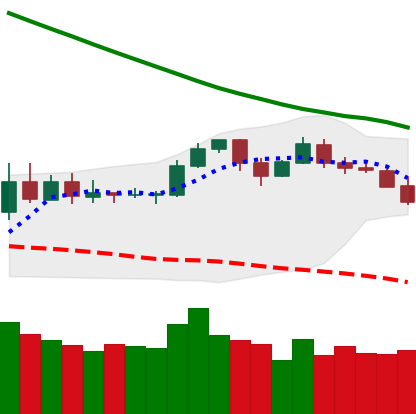
Ticker: LTC-USD
Chart end date: 2019-11-15
Forward return: -4.36%
Label: down_3_5